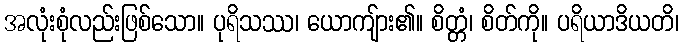
အလုံးစုံလည်းဖြစ်သော။ ပုရိသဿ၊ ယောကျ်ား၏။ စိတ္တံ၊ စိတ်ကို။ ပရိယာဒိယတိ၊